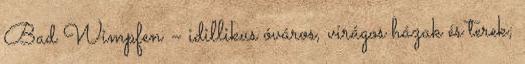
Bad Wimpfen – idillikus óváros, virágos házak és terek;